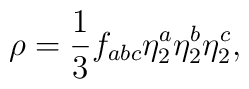
\rho =\frac{1}{3}f_{abc}\eta _{2}^{a}\eta _{2}^{b}\eta _{2}^{c},